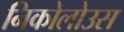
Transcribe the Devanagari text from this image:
निकोलोउस